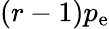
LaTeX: (r-1)p_{\mathrm{e}}